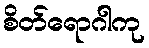
စိတ်ရောဂါကု